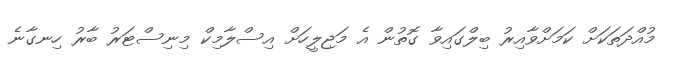
މުއްދަތަކަށް ކަމަށްވާއިރު ބިލްގައިވާ ގޮތުން އެ މަޖިލީހަށް އިސްލާމިކް މިނިސްޓަރު ބާރު ހިނގާނެ